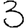
Digit: 3